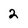
Character: 2